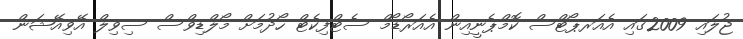
ޖުލައި 2009ގައި އެއަރޕޯޓްސް ކޮމްޕެނީއިން އެއަރޯޑޯމް ސެޓްފިކެޓް ހޯދުމަށް މޯލްޑިވްސް ސިވިލް އޭވިއޭޝަން